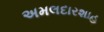
અમલદારશાહ